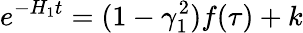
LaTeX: e^{-H_{1}t}=(1-\gamma_{1}^{2})f(\tau)+k